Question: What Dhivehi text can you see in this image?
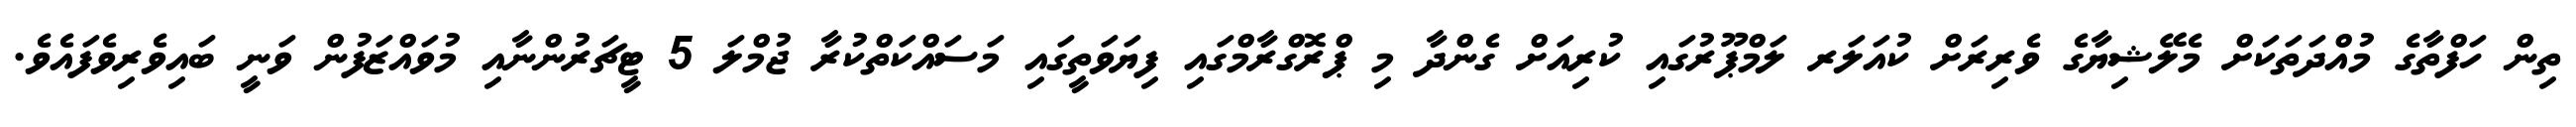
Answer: ތިން ހަފްތާގެ މުއްދަތަކަށް މެލޭޝިޔާގެ ވެރިރަށް ކުއަލަރ ލަމްޕޫރުގައި ކުރިއަށް ގެންދާ މި ޕްރޮގްރާމްގައި ފިޔަވަތީގައި މަސައްކަތްކުރާ ޖުމްލަ 5 ޓީޗަރުންނާއި މުވައްޒަފުން ވަނީ ބައިވެރިވެފައެވެ.